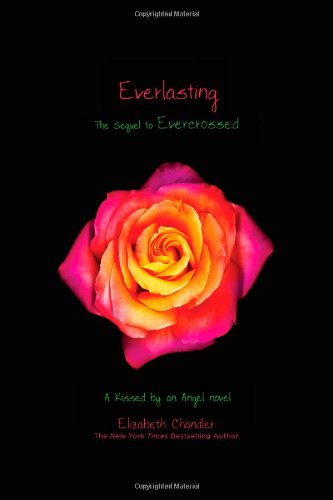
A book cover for Everlasting (Kissed by an Angel); Elizabeth Chandler; Teen & Young Adult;